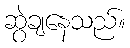
ဆွဲချနေသည်။